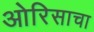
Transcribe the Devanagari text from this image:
ओरिसाचा